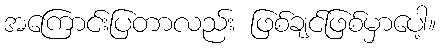
အကြောင်းပြတာလည်း ဖြစ်ချင်ဖြစ်မှာပေါ့။